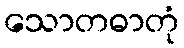
သောတဓာတုံ